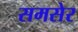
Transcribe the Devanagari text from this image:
समसेर